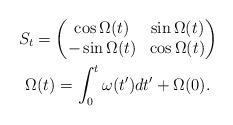
LaTeX: \begin{gather*}S_{t}=\begin{pmatrix}\cos\Omega(t) & \sin\Omega(t)\\-\sin\Omega(t) & \cos\Omega(t)\end{pmatrix}\\\Omega(t)=\int_{0}^{t}\omega(t^{\prime})dt^{\prime}+\Omega(0).\end{gather*}